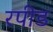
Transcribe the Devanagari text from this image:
रपीड